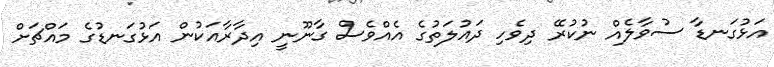
އަޅުގަނޑާ ސުވާލެއް ނުކުރޭ ދިވެހި ދައުލަތުގެ އެއްވެސް ގާނޫނީ އިދާރާއަކުން އަޅުގަނޑުގެ މައްޗަށް